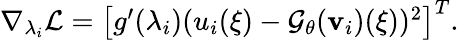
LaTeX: \begin{array}{r}{\nabla_{\lambda_{i}}\mathcal L=\left[g^{\prime}(\lambda_{i})(u_{i}(\xi)-\mathcal G_{\mathbf\theta}(\mathbf{v}_{i})(\xi))^{2}\right]^{T}.}\end{array}